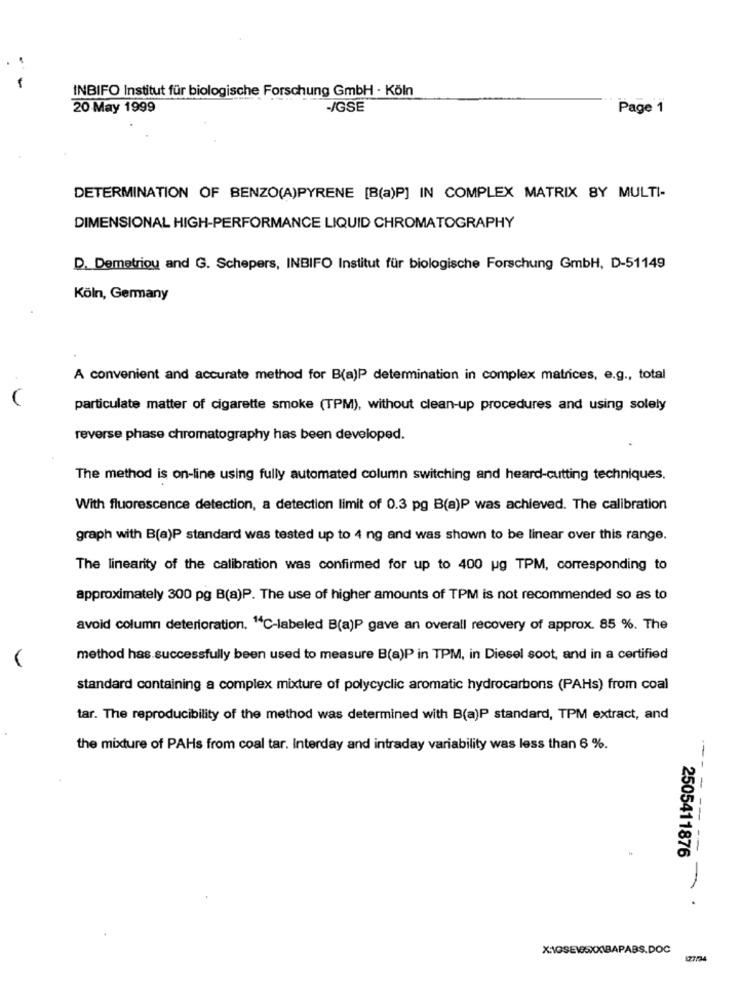
-
INBIFO Institut für biologische Forschung GmbH - Köln
20 May 1999
-/GSE
Page 1
DETERMINATION OF BENZO(A)PYRENE [B(a)P] IN COMPLEX MATRIX BY MULTI-
DIMENSIONAL HIGH-PERFORMANCE LIQUID CHROMATOGRAPHY
D. Demetriou and G. Schepers, INBIFO Institut für biologische Forschung GmbH, D-51149
Köln, Germany
A convenient and accurate method for B(a)P determination in complex matrices, e.g ., total
particulate matter of cigarette smoke (TPM), without clean-up procedures and using solely
reverse phase chromatography has been developed.
The method is on-line using fully automated column switching and heard-cutting techniques.
With fluorescence detection, a detection limit of 0.3 pg B(a)P was achieved. The calibration
graph with B(a)P standard was tested up to 4 ng and was shown to be linear over this range.
The linearity of the calibration was confirmed for up to 400 ug TPM, corresponding to
approximately 300 pg B(a)P. The use of higher amounts of TPM is not recommended so as to
avoid column deterioration. "C-labeled B(a)P gave an overall recovery of approx. 85 %. The
method has successfully been used to measure B(a)P in TPM, in Diesel soot, and in a certified
standard containing a complex mixture of polycyclic aromatic hydrocarbons (PAHs) from coal
tar. The reproducibility of the method was determined with B(a)P standard, TPM extract, and
the mixture of PAHs from coal tar. Interday and intraday variability was less than 6 %.
25
--- - --
2505411876
-
X:10SE195XXIBAPABS.DOC
127/24